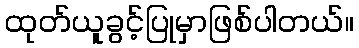
ထုတ်ယူခွင့်ပြုမှာဖြစ်ပါတယ်။